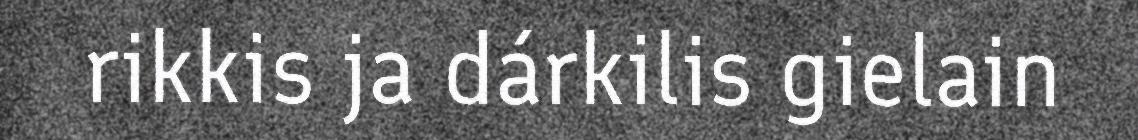
rikkis ja dárkilis gielain